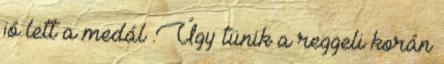
jó lett a medál .Úgy tünik a reggeli korán